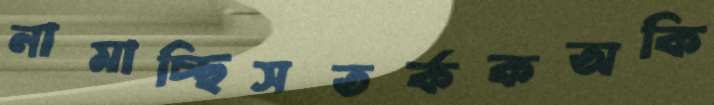
নামাচ্ছিসতর্ককঅকি